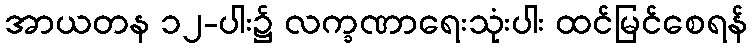
အာယတန ၁၂-ပါး၌ လက္ခဏာရေးသုံးပါး ထင်မြင်စေရန်